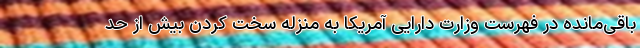
باقی‌مانده در فهرست وزارت دارایی آمریکا به منزله سخت کردن بیش از حد